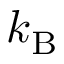
k _ { \mathrm { { B } } }